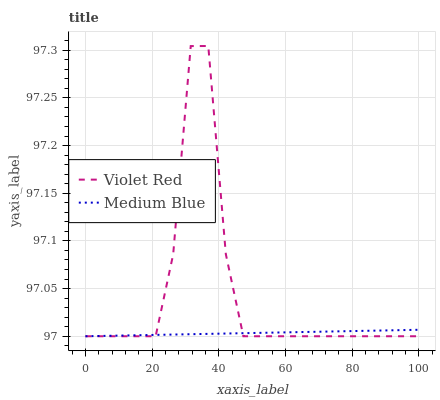
| xaxis_label | Violet Red | Medium Blue |
 | --- | --- | --- |
 | 0 | 97 | 97 |
 | 5.26 | 97 | 97 |
 | 10.5 | 97 | 97 |
 | 15.8 | 97 | 97 |
 | 21.1 | 97 | 97 |
 | 26.3 | 97.1 | 97 |
 | 31.6 | 97.3 | 97 |
 | 36.8 | 97.3 | 97 |
 | 42.1 | 97.1 | 97 |
 | 47.4 | 97 | 97 |
 | 52.6 | 97 | 97 |
 | 57.9 | 97 | 97 |
 | 63.2 | 97 | 97 |
 | 68.4 | 97 | 97 |
 | 73.7 | 97 | 97 |
 | 78.9 | 97 | 97 |
 | 84.2 | 97 | 97 |
 | 89.5 | 97 | 97 |
 | 94.7 | 97 | 97 |
 | 100 | 97 | 97 |